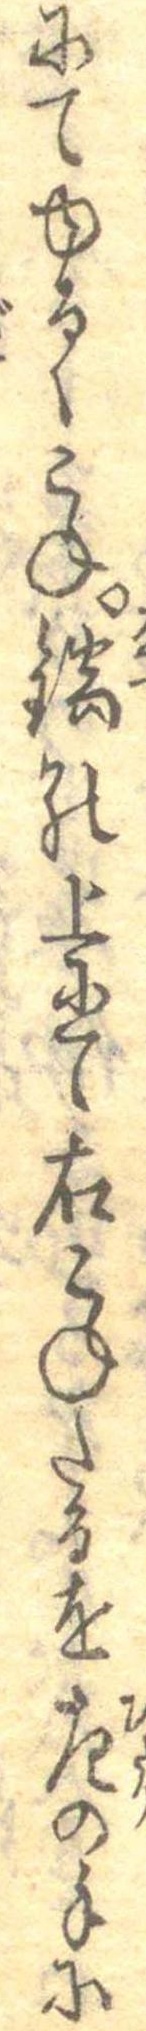
にてゆるくこね鍋の上にて右こねたるを左の手に